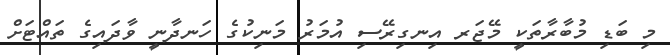
މި ބަޑި މުބާރާތަކީ މޭޖަރ އިނގިރޭސި އުމަރު މަނިކުގެ ހަނދާނީ ވާދައިގެ ތައްޓަށް